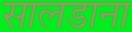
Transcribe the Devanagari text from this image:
सालडाना